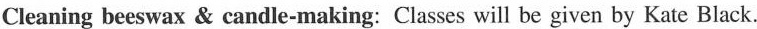
Cleaning beeswax & candle-making: Classes will be given by Kate Black.